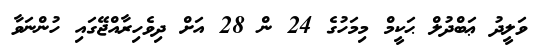
ވަލީދު ޢަބްދުލް ޙަކީމް މިމަހުގެ 24 ން 28 އަށް ދިވެހިރާއްޖޭގައި ހުންނަވާ